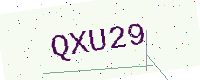
Text: QXU29